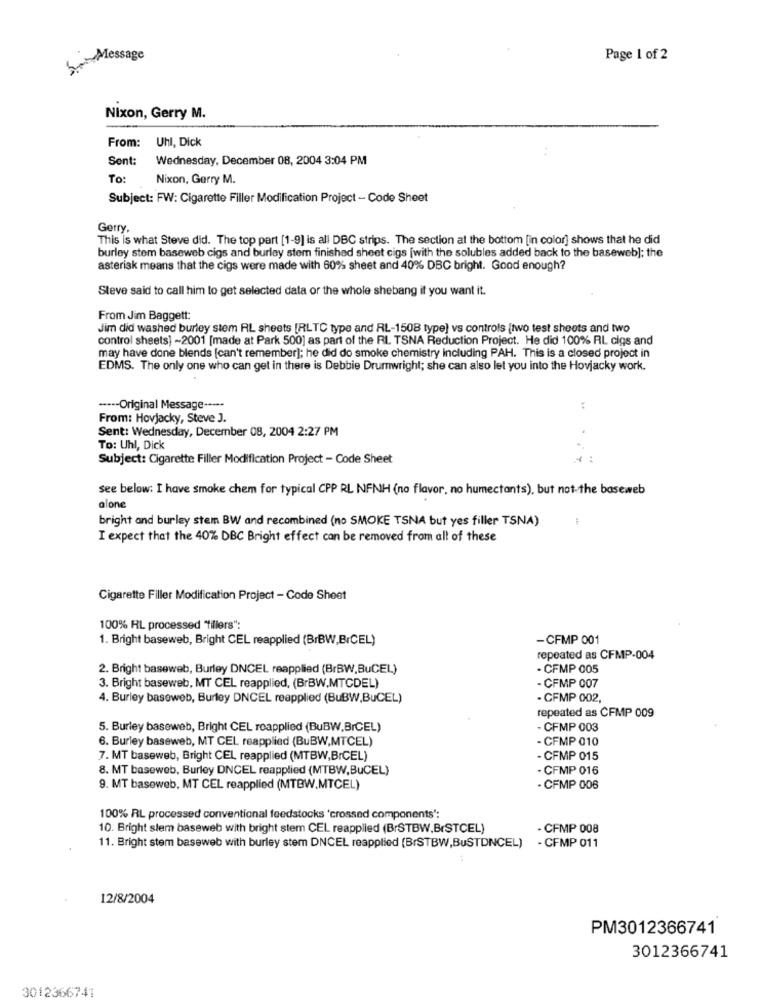
S.etMessage
Page 1 of 2
Nixon, Gerry M.
From: Uhl, Dick
Sent:
Wednesday, December 08, 2004 3:04 PM
To:
Nixon, Gerry M.
Subject: FW: Cigarette Filler Modification Project - Code Sheet
Gerry
This is what Steve did. The top part [1-9] is all DBC strips. The section at the bottom [in color] shows that he did
burley stem baseweb cigs and burley stem finished sheet cigs [with the solubles added back to the baseweb]; the
asterisk means that the cigs were made with 60% sheet and 40% DBC bright. Good enough?
Steve said to call him to get selected data or the whole shebang if you want it.
From Jim Baggett:
Jim did washed burley stem RL sheets [RLTC type and RL-1508 type] vs controls [two test sheets and two
control sheets] -2001 [made at Park 500] as part of the RI TSNA Reduction Project. He did 100% RL cigs and
may have done blends [can't remember]; he did do smoke chemistry including PAH. This is a closed project in
EDMS. The only one who can get in there is Debbie Drumwright; she can also let you into the Hovjacky work.
---- Original Message -----
From: Hovjacky, Steve J.
Sent: Wednesday, December 08, 2004 2:27 PM
To: Uhl, Dick
Subject: Cigarette Filler Modification Project - Code Sheet
see below: I have smoke chem for typical CPP RL NFNH (no flavor, no humectants), but not the baseweb
alone
bright and burley stem BW and recombined (no SMOKE TSNA but yes filler TSNA)
I expect that the 40% DBC Bright effect can be removed from all of these
Cigarette Filler Modification Project - Code Sheet
100% RL processed "fillers":
1. Bright baseweb, Bright CEL reapplied (B/BW,BrCEL)
-CFMP 001
repeated as CFMP-004
2. Bright baseweb, Burley DNCEL reapplied (BrBW,BuCEL)
- CFMP 005
3. Bright baseweb, MT CEL reapplied, (BrBW,MTCDEL)
- CFMP 007
4. Burley baseweb, Burley DNCEL reapplied (BuBW,BuCEL)
- CFMP 002,
repeated as CFMP 009
5. Burley baseweb, Bright CEL reapplied (BuBW,BrCEL)
- CFMP 003
6. Burley baseweb, MT CEL reapplied (BuBW,MTCEL)
- CFMP 010
7. MT baseweb, Bright CEL reapplied (MTBW,BrCEL)
- CFMP 015
8. MT baseweb, Burley DNCEL reapplied (MTBW,BuCEL)
- CFMP 016
9. MT baseweb, MT CEL reapplied (MTBW.MTCEL)
- CFMP 006
100% RL processed conventional feedstocks 'crossed components":
10. Bright slem baseweb with bright stem CEL reapplied (BrSTBW,BISTCEL)
CFMP 008
11. Bright stem baseweb with burley stem DNCEL reapplied (BrSTBW,BuSTINCEL)
- CFMP 011
12/8/2004
PM3012366741
3012366741
3012366741